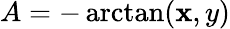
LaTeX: A=-\arctan(\mathbf{x},y)